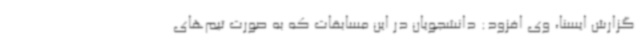
گزارش ایسنا، وی افزود: دانشجویان در این مسابقات که به صورت تیم‌های